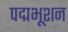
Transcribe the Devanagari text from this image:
पद्मभूशन